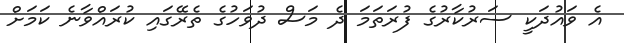
އެ ވައުދަކީ ސަރުކާރުގެ ފުރަތަމަ ދެ މަސް ދުވަހުގެ ތެރޭގައި ކުރައްވާނެ ކަމަށް